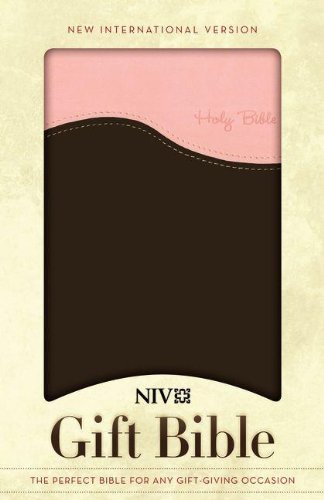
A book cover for NIV Gift Bible, Pink/Chocolate; Zondervan; Christian Books & Bibles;